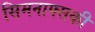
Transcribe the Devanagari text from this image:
सिमनाफ्सकी